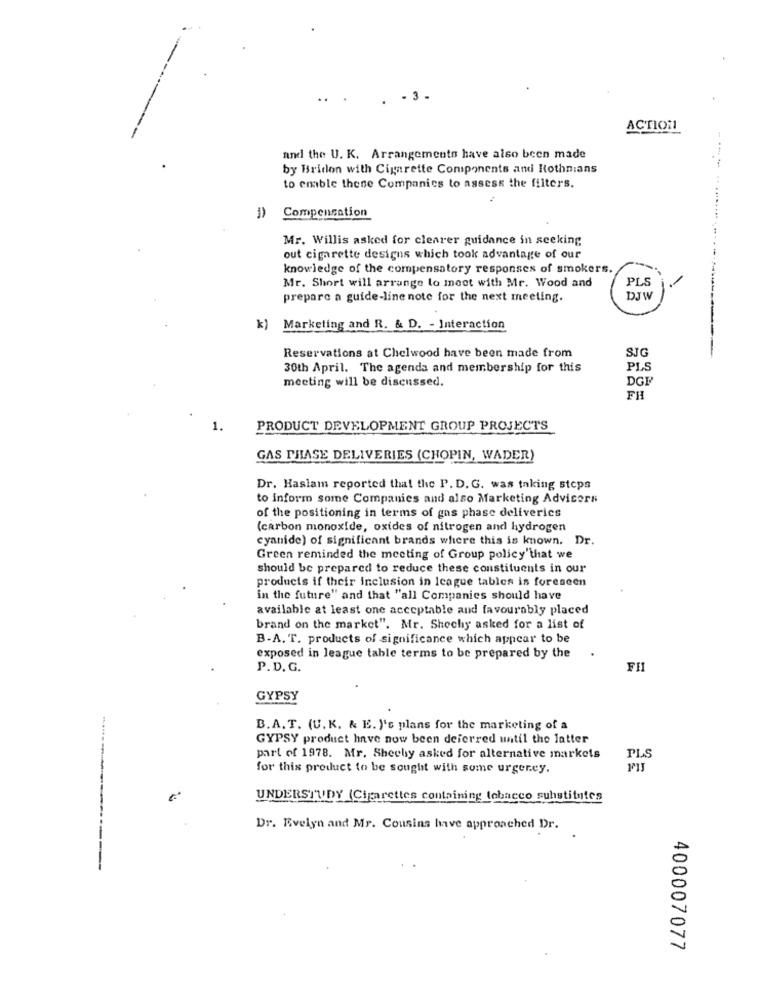
..
- 3 -
ACTION
and the U. K. Arrangements have also been made
by Bridon with Cigarette Components and Rothnians
to emble thene Companies to assess the filters.
Compensation
Mr. Willis asked for clearer guidance in seeking
out cigarette designs which took advantage of our
knowledge of the compensatory responses of smokers.
Mr. Short will arrange to meet with Mr. Wood and
PLS
prepare a guide-line note for the next meeting.
DJW
Marketing and R. & D. - Interaction
Reservations at Chelwood have been made from
SJG
30th April. The agenda and membership for this
PLS
meeting will be discussed.
DGI
FH
1.
PRODUCT DEVELOPMENT GROUP PROJECTS
GAS PHASE DELIVERIES (CHOPIN, WADER)
Dr. Haslam reported that the P. D. G. was taking steps
to inform some Companies and also Marketing Advisers
of the positioning in terms of gas phase deliverics
(carbon monoxide, oxides of nitrogen and hydrogen
cyanide) of significant brands where this is known. Dr.
Green reminded the meeting of Group policy"that we
should be prepared to reduce these constituents in our
products if their inclusion in league tables is foreseen
in the future" and that "all Companies should have
available at least one acceptable and favourably placed
brand on the market". Mr. Shechy asked for a list of
B-A. T. products of significance which appear to be
exposed in league table terms to be prepared by the
P.D. G.
GYPSY
B.A. T. (U.K. & E. "'s plans for the marketing of a
GYPSY product have now been deferred until the latter
part of 1978. Mr. Shechy asked for alternative markets
PLS
for this product to be sought with some urgerey.
..
UNDERSTUDY (Cigarettes containing tobacco substitutes
Dr. Evelyn and Mr. Cousins have approached Dr.
400007077